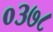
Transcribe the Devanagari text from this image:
०३७८